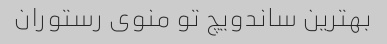
بهترین ساندویچ تو منوی رستوران